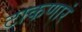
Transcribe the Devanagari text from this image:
टाकणारं